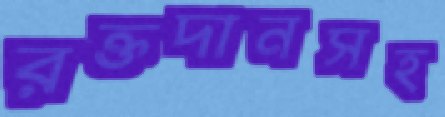
রক্তদানসহ